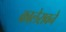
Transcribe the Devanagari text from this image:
कालेरावने